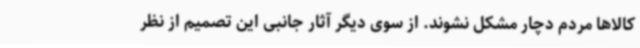
کالاها مردم دچار مشکل نشوند. از سوی دیگر آثار جانبی این تصمیم از نظر